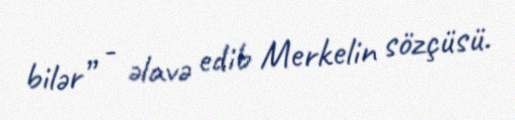
bilər” - əlavə edib Merkelin sözçüsü.